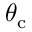
\theta _ { \mathrm { c } }